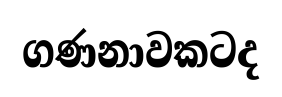
ගණනාවකටද